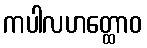
ကပါလဟတ္ထောဝ